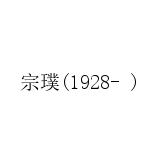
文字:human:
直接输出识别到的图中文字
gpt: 宗璞(1928- )